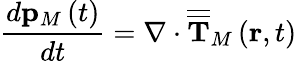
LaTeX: \frac{d\mathbf{p}_{M}\left(t\right)}{dt}=\nabla\cdot\overline{{\overline{{\mathbf{T}}}}}_{M}\left(\mathbf{r},t\right)